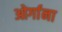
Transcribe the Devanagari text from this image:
ओर्गाना